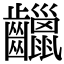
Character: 𪙷